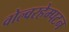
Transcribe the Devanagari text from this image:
वोल्वरहेम्पटन